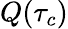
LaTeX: Q(\tau_{c})